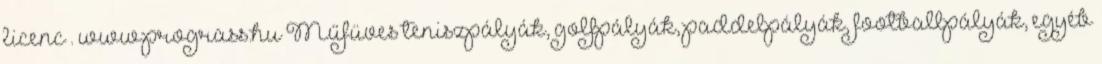
licenc . www.prograss.hu Műfüves teniszpályák, golfpályák, paddelpályák, footballpályák, egyéb